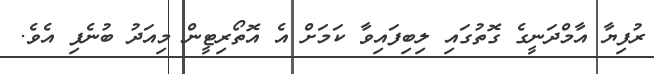
ރުފިޔާ އާމްދަނީގެ ގޮތުގައި ލިބިފައިވާ ކަމަށް އެ އޮތޯރިޓީން މިއަދު ބުނެފި އެވެ.